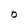
Character: O